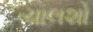
ચાલશો